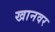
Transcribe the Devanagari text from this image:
खानवर